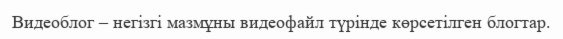
Видеоблог – негізгі мазмұны видеофайл түрінде көрсетілген блогтар.